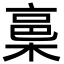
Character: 𭫋